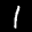
Digit: 1